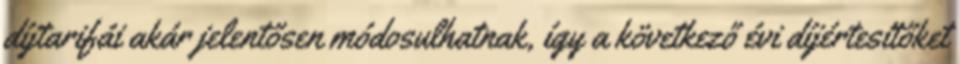
díjtarifái akár jelentősen módosulhatnak, így a következő évi díjértesítőket